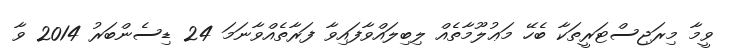
ވީމާ މިރަޖިސްޓަރީތަކާ ބެހޭ މަޢުލޫމާތެއް ލިބިލައްވާފައިވާ ފަރާތެއްވާނަމަ 24 ޑިސެންބަރު 2014 ވާ